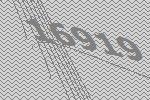
16919